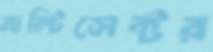
মাল্টিসেক্টর